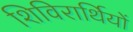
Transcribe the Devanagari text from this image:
शिविरार्थियों